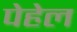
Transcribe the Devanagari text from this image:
पेहेल